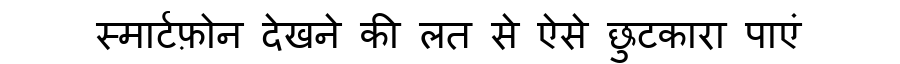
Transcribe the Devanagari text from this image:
स्मार्टफ़ोन देखने की लत से ऐसे छुटकारा पाएं